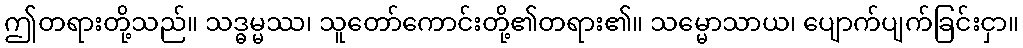
ဤတရားတို့သည်။ သဒ္ဓမ္မဿ၊ သူတော်ကောင်းတို့၏တရား၏။ သမ္မောသာယ၊ ပျောက်ပျက်ခြင်းငှာ။